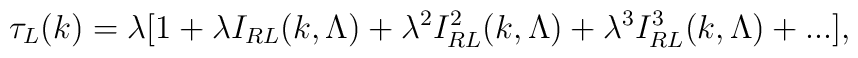
\tau_L(k)= \lambda [1 + \lambda I_{RL}(k,\Lambda)+ \lambda^2 I_{RL}^2(k,\Lambda)+\lambda^3  I^3_{RL}(k,\Lambda) +... ],